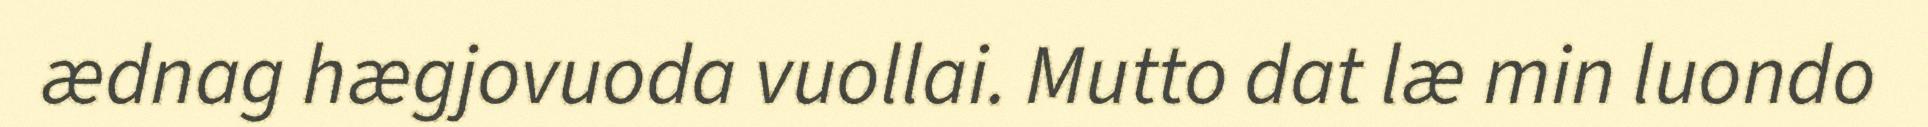
ædnag hægjovuoda vuollai. Mutto dat læ min luondo